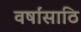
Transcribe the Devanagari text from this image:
वर्षांसाठि